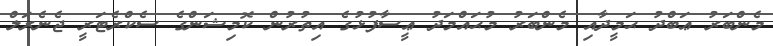
މެންބަރު ޢަބްދު ޙަމީދާއި މެންބަރު މުޙައްމަދު ޢީސާފުޅުގެ އިތުރުން ކޮމިޝަންގެ ސެކްރެޓަރީ ޖެނެރަލް